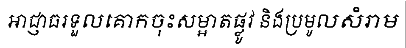
អាជ្ញាធរទួលគោកចុះសម្អាតផ្លូវ និងប្រមូលសំរាម